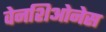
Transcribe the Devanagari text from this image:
वेनशिओनेस